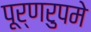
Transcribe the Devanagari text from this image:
पूर्णरुपमे